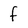
Character: f